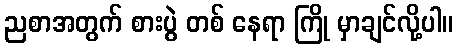
ညစာအတွက် စားပွဲ တစ် နေရာ ကြို မှာချင်လို့ပါ။